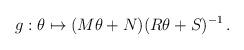
LaTeX: \begin{align*}g: \theta \mapsto (M\theta + N)(R\theta + S)^{-1} \, .\end{align*}